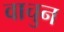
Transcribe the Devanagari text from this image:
वाचुन